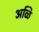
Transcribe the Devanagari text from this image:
अळि